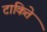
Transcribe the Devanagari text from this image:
टाकिते